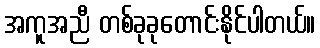
အကူအညီ တစ်ခုခုတောင်းနိုင်ပါတယ်။